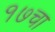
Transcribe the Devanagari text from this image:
१७चा